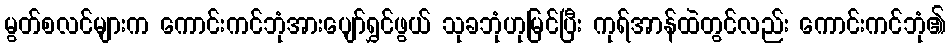
မွတ်စလင်များက ကောင်းကင်ဘုံအားပျော်ရွှင်ဖွယ် သုခဘုံဟုမြင်ပြီး ကုရ်အာန်ထဲတွင်လည်း ကောင်းကင်ဘုံ၏